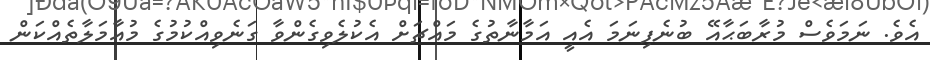
އެވެ. ނަމަވެސް މުރާބަޙާއޭ ބުނެފިނަމަ އެއީ އަމާނާތުގެ މައްޗަށް އެކުލެވިގެންވާ ގަނެވިއްކުމުގެ މުއާމަލާތެއްކަން